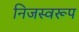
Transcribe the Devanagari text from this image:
निजस्वरूप